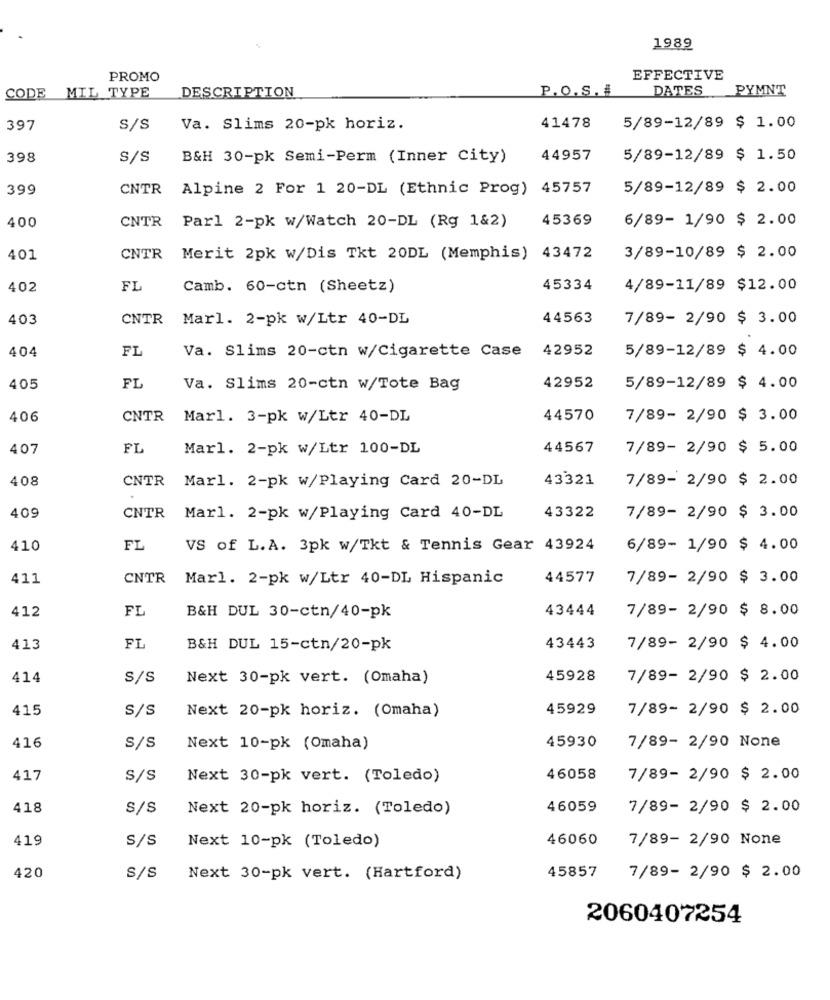
1989
PROMO
EFFECTIVE
MIL TYPE
DESCRIPTION
P.O.S. I
DATES
PYMNT
CODE
397
S/S
Va. Slims 20-pk horiz.
41478
5/89-12/89 $ 1.00
398
S/S
B&H 30-pk Semi-Perm (Inner City)
44957
5/89-12/89 $ 1.50
399
CNTR
Alpine 2 For 1 20-DL (Ethnic Prog) 45757
5/89-12/89 $ 2.00
400
CNTR
45369
6/89- 1/90 $ 2.00
Parl 2-pk w/Watch 20-DL (Rg 1&2)
401
CNTR
Merit 2pk w/Dis Tkt 20DL (Memphis) 43472
3/89-10/89 $ 2.00
402
FL
Camb. 60-ctn (Sheetz)
45334
4/89-11/89 $12.00
403
CNTR Marl. 2-pk w/Ltr 40-DL
44563
7/89- 2/90 $ 3.00
404
FL
42952
5/89-12/89 $ 4.00
Va. Slims 20-ctn w/Cigarette Case
405
FL
Va. Slims 20-ctn w/Tote Bag
42952
5/89-12/89 $ 4.00
406
CNTR
Marl. 3-pk W/Ltr 40-DL
44570
7/89- 2/90 $ 3.00
407
FL
Marl. 2-pk w/Ltr 100-DL
44567
7/89- 2/90 $ 5.00
408
CNTR Marl. 2-pk w/Playing Card 20-DL
43321
7/89- 2/90 $ 2.00
409
CNTR Marl. 2-pk w/Playing Card 40-DL
43322
7/89- 2/90 $ 3.00
410
FL
VS of L.A. 3pk w/Tkt & Tennis Gear 43924
6/89- 1/90 $ 4.00
411
CNTR
Marl. 2-pk w/Ltr 40-DL Hispanic
44577
7/89- 2/90 $ 3.00
412
FI
43444
7/89- 2/90 $ 8.00
B&H DUL 30-ctn/40-pk
FI
413
B&H DUL 15-ctn/20-pk
43443
7/89- 2/90 $ 4.00
414
S/S
Next 30-pk vert. (Omaha)
45928
7/89- 2/90 $ 2.00
415
s/s
Next 20-pk horiz. (Omaha)
45929
7/89- 2/90 $ 2.00
416
S/S
Next 10-pk (Omaha)
45930
7/89- 2/90 None
417
S/S
Next 30-pk vert. (Toledo)
46058
7/89- 2/90 $ 2.00
418
S/s
Next 20-pk horiz. (Toledo)
46059
7/89- 2/90 $ 2.00
419
S/S
Next 10-pk (Toledo)
46060
7/89- 2/90 None
45857
420
S/s
Next 30-pk vert. (Hartford)
7/89- 2/90 $ 2.00
2060407254